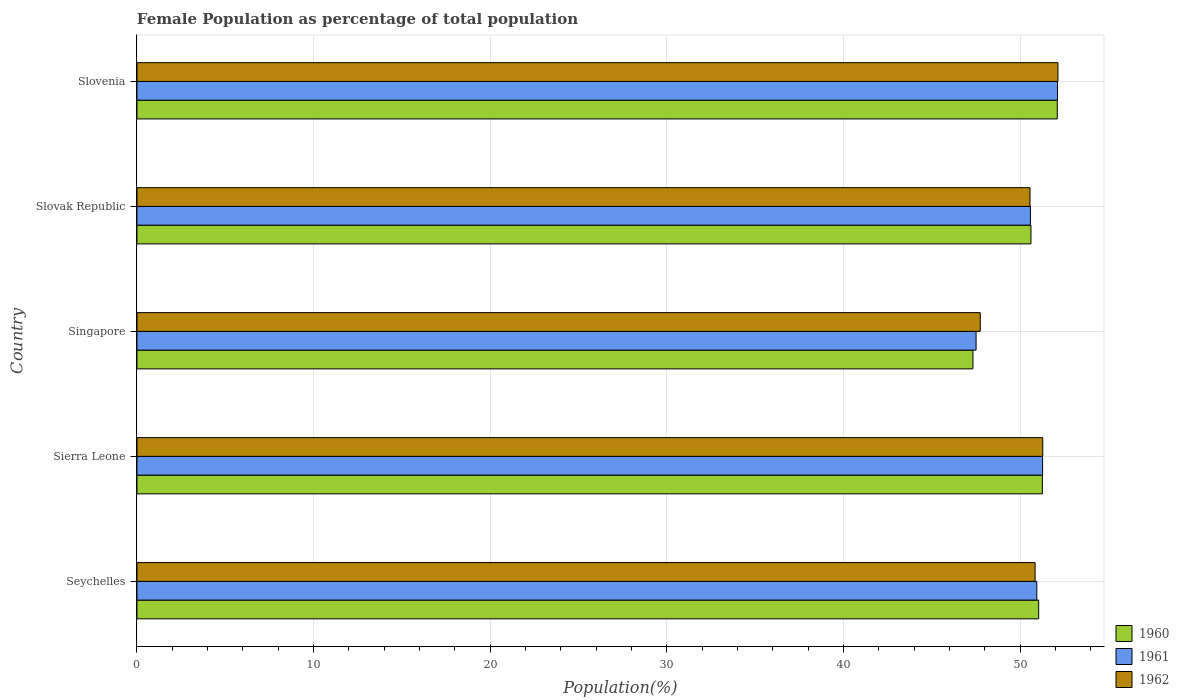
| Country | 1960 | 1961 | 1962 |
 | --- | --- | --- | --- |
 | Seychelles | 51 | 50.9 | 50.8 |
 | Sierra Leone | 51.3 | 51.3 | 51.3 |
 | Singapore | 47.3 | 47.5 | 47.7 |
 | Slovak Republic | 50.6 | 50.6 | 50.6 |
 | Slovenia | 52.1 | 52.1 | 52.1 |